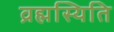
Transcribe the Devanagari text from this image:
व्रह्मस्थिति